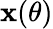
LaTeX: \mathbf{x}(\theta)